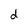
Character: d